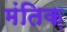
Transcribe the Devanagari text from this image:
मंतिक़